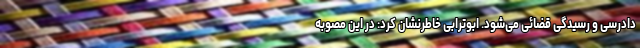
دادرسی و رسیدگی قضائی می‌شود. ابوترابی خاطرنشان کرد: در این مصوبه